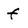
Character: f